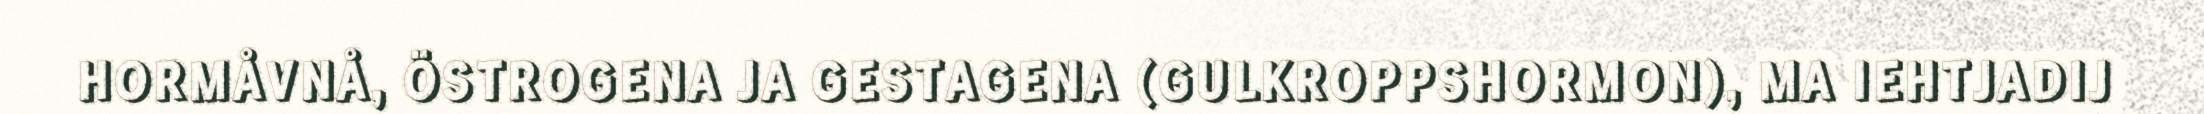
HORMÅVNÅ, ÖSTROGENA JA GESTAGENA (GULKROPPSHORMON), MA IEHTJADIJ